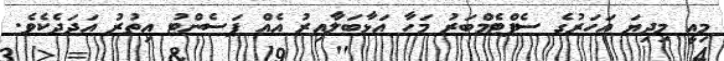
މިއީ މިދިޔަ އަހަރުގެ ސެޕްޓެމްބަރު މަހާ އަޅާބަލާއިރު އެއް ޕަސެންޓު އިތުރު އަދަދެކެވެ.